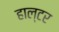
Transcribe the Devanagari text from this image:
हाल्टर